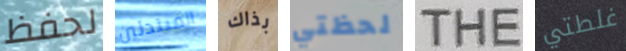
لحفظ المبتدئين بذاك لحظتي THE غلطتي